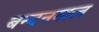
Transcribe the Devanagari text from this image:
बन्दनवाल